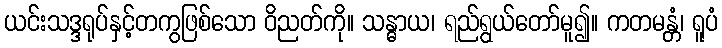
ယင်းသဒ္ဒရုပ်နှင့်တကွဖြစ်သော ဝိညတ်ကို။ သန္ဓာယ၊ ရည်ရွယ်တော်မူ၍။ ကတမန္တံ၊ ရူပံ